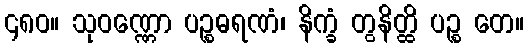
၄၈၀။ သုဝဏ္ဏော ပဉ္စဓရဏံ၊ နိက္ခံ တွနိတ္ထိ ပဉ္စ တေ။